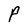
Character: P